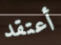
أعتقد